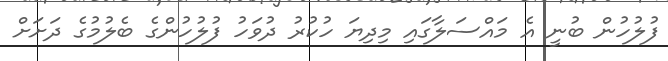
ފުލުހުން ބުނީ އެ މައްސަލާގައި މިދިޔަ ހުކުރު ދުވަހު ފުލުހުންގެ ބެލުމުގެ ދަށަށް